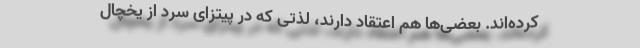
کرده‌اند. بعضی‌ها هم اعتقاد دارند، لذتی که در پیتزای سرد از یخچال